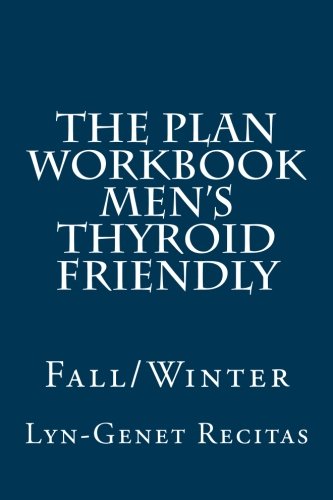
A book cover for The Plan Workbook Men's Thyroid Friendly: Fall/Winter; Lyn-Genet Recitas; Health, Fitness & Dieting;